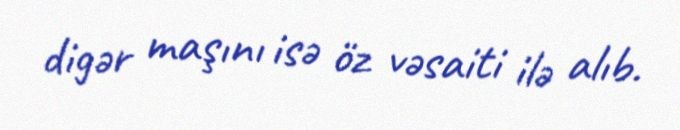
digər maşını isə öz vəsaiti ilə alıb.